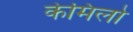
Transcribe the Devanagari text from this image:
केमिलो